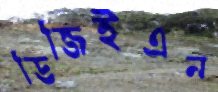
ডিজিইএন